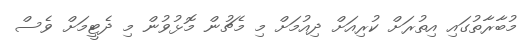
މުބާރާތުގައި އިތުރަށް ކުރިއަށް ދިއުމަށް މި މެޗުން މޮޅުވުން މި ދެޓީމަށް ވެސް